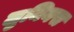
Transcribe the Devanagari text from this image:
लुमिनस